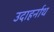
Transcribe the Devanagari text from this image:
उदाहर्नाथ